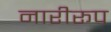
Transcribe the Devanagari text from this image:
नारीरूप